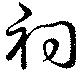
祠